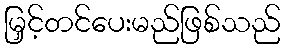
မြှင့်တင်ပေးမည်ဖြစ်သည်